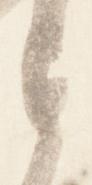
す